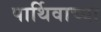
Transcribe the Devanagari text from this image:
पार्थिवाच्या